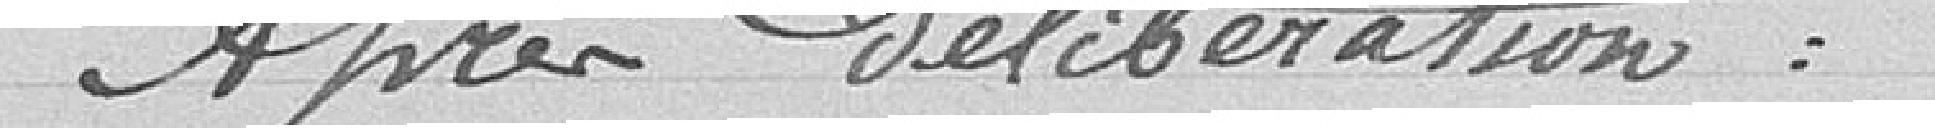
Après Délibération :